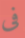
فى